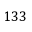
1 3 3